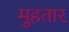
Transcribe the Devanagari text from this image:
मुहतार